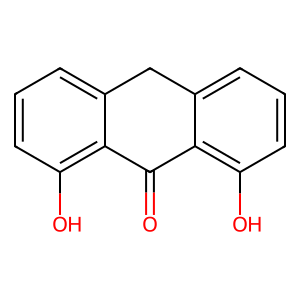
SMILES: O=C1c2c(O)cccc2Cc2cccc(O)c21
Inhibits HIV replication: No